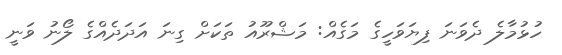
ހުޅުމާލެ ދެވަނަ ފިޔަވަހީގެ މަގެއް: މަޝްރޫއު ތަކަށް ގިނަ އަދަދެއްގެ ލޯނު ވަނީ